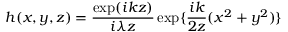
h ( x , y , z ) = \frac { \exp ( i k z ) } { i \lambda z } \exp \{ \frac { i k } { 2 z } ( x ^ { 2 } + y ^ { 2 } ) \}